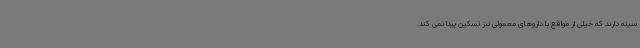
سینه دارند که خیلی از مواقع با داروهای معمولی نیز تسکین پیدا نمی کند.